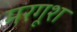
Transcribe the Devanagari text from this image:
मरगूश